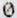
0